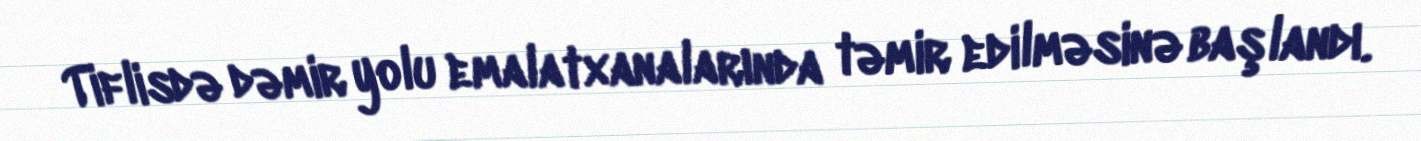
Tiflisdə dəmir yolu emalatxanalarında təmir edilməsinə başlandı.